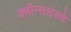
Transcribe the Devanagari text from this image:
क्वीन्सलंडचे